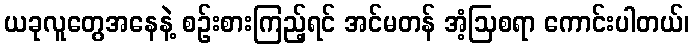
ယခုလူတွေအနေနဲ့ စဉ်းစားကြည့်ရင် အင်မတန် အံ့ဩစရာ ကောင်းပါတယ်၊